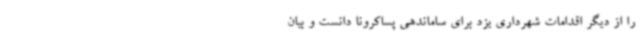
را از دیگر اقدامات شهرداری یزد برای ساماندهی پساکرونا دانست و بیان